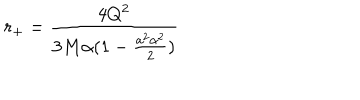
r _ { + } = \frac { 4 Q ^ { 2 } } { 3 M \alpha ( 1 - \frac { a ^ { 2 } \alpha ^ { 2 } } { 2 } ) }